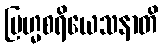
ဗြဟ္မစရိယေသနာတိ